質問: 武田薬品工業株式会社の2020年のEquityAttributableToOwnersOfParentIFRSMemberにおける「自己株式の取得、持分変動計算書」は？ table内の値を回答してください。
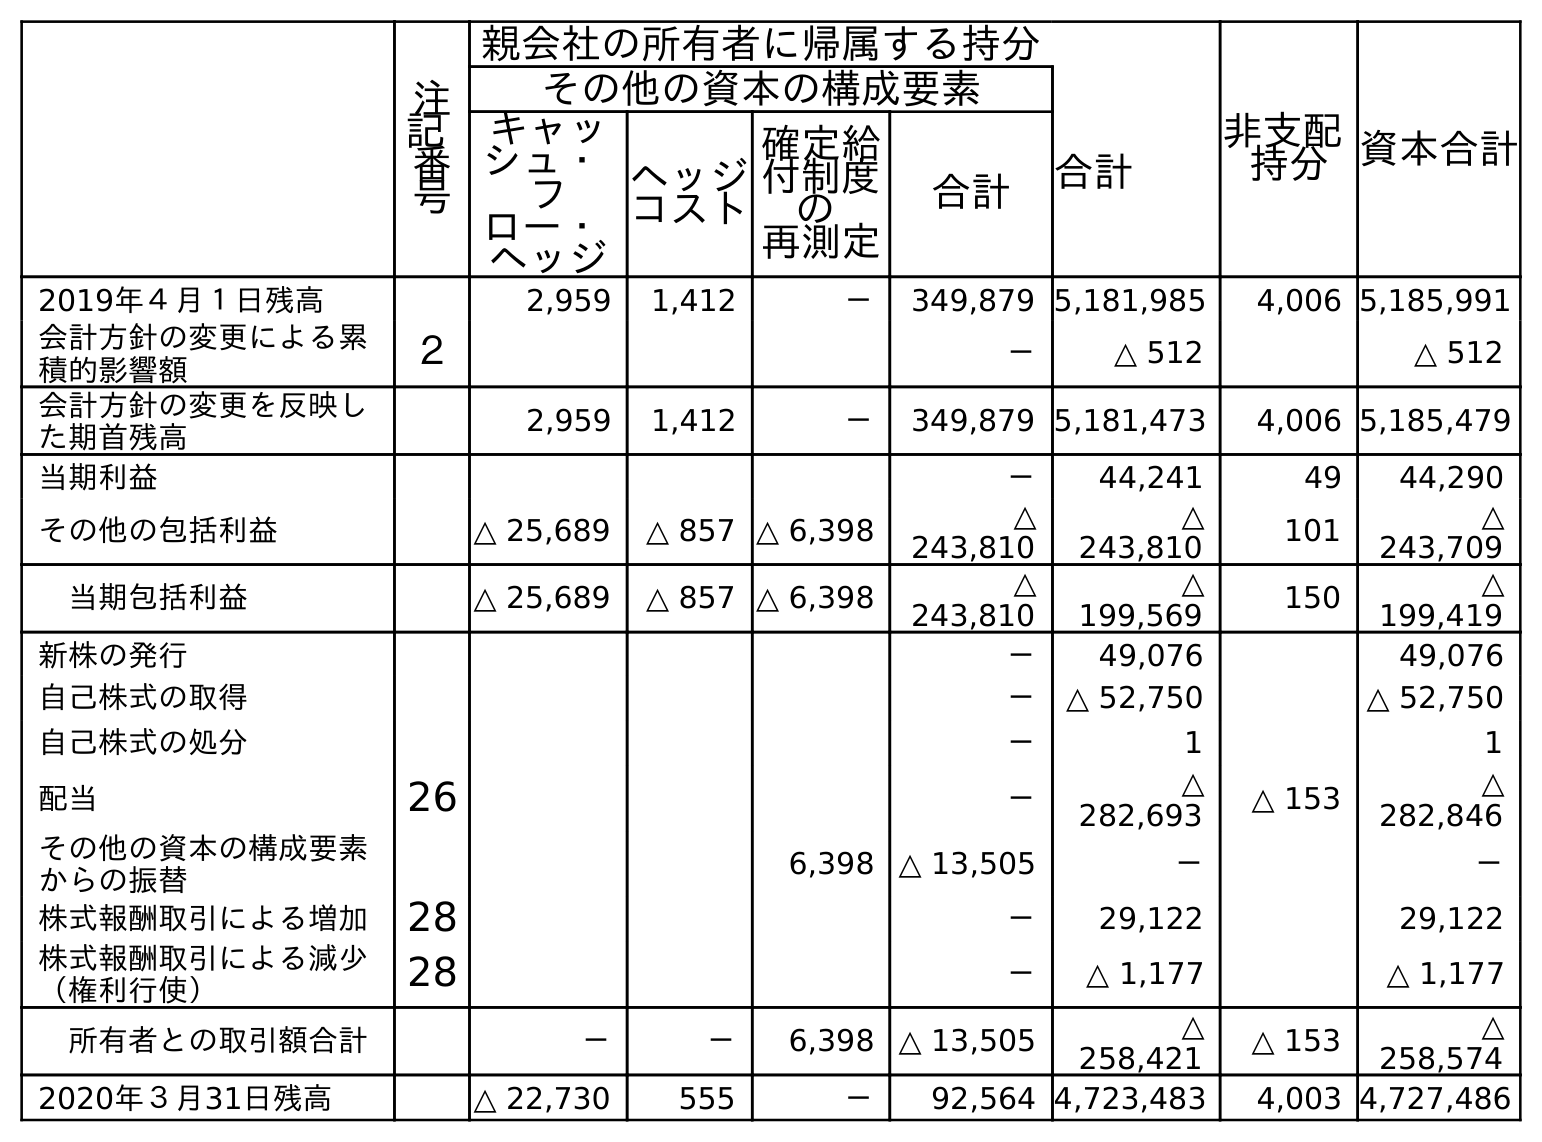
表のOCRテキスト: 注 記 番 号 親会社の所有者に帰属する持分 非支配 持分資本合計 その他の資本の構成要素 合計 キャッ シュ・ フ ロー・ ヘッジ ヘッジ コスト 確定給 付制度 の 再測定 合計 2019年４月１日残高 2,959 1,412 － 349,879 5,181,985 4,006 5,185,991 会計方針の変更による累 積的影響額 ２ － △ 512 △ 512 会計方針の変更を反映し た期首残高 2,959 1,412 － 349,879 5,181,473 4,006 5,185,479 当期利益 － 44,241 49 44,290 その他の包括利益 △ 25,689 △ 857 △ 6,398 △ 243,810 △ 243,810 101 △ 243,709 当期包括利益 △ 25,689 △ 857 △ 6,398 △ 243,810 △ 199,569 150 △ 199,419 新株の発行 － 49,076 49,076 自己株式の取得 － △ 52,750 △ 52,750 自己株式の処分 － 1 1 配当 26 － △ 282,693 △ 153 △ 282,846 その他の資本の構成要素 からの振替 6,398 △ 13,505 － － 株式報酬取引による増加 28 － 29,122 29,122 株式報酬取引による減少 （権利行使） 28 － △ 1,177 △ 1,177 所有者との取引額合計 － － 6,398 △ 13,505 △ 258,421 △ 153 △ 258,574 2020年３月31日残高 △ 22,730 555 － 92,564 4,723,483 4,003 4,727,486
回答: △52,750